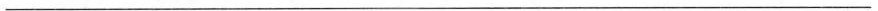
___